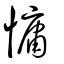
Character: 慵